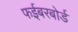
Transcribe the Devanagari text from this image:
फईबरबोर्ड